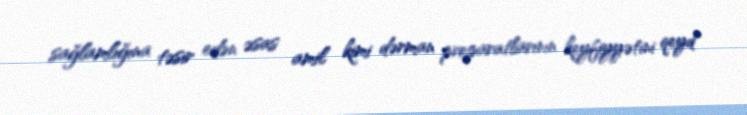
sağlamlığına təsir edən əsas amil kimi dərman preparatlarının keyfiyyətini qeyd